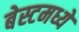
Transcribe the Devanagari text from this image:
बेस्टमध्ये